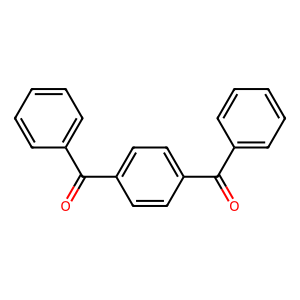
SMILES: O=C(c1ccccc1)c1ccc(C(=O)c2ccccc2)cc1
Inhibits HIV replication: No